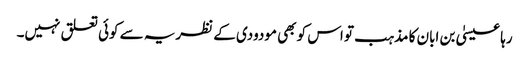
رہا عیسیٰ بن ابان کا مذہب تو اس کو بھی مودودی کے نظریہ سے کوئی تعلق نہیں۔